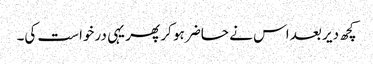
کچھ دیر بعد اس نے حاضر ہو کر پھر یہی درخواست کی۔